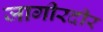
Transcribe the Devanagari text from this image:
जागीरदीर